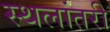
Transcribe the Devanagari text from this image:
स्थलांतरी